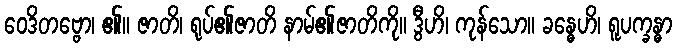
ဝေဒိတဗ္ဗော၊ ၏။ ဇာတိ၊ ရုပ်၏ဇာတိ နာမ်၏ဇာတိကို။ ဒွီဟိ၊ ကုန်သော။ ခန္ဓေဟိ၊ ရူပက္ခန္ဓာ